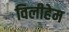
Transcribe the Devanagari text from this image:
विलीहेम